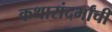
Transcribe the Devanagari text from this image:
कथासंदर्भांची